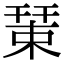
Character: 𢆞